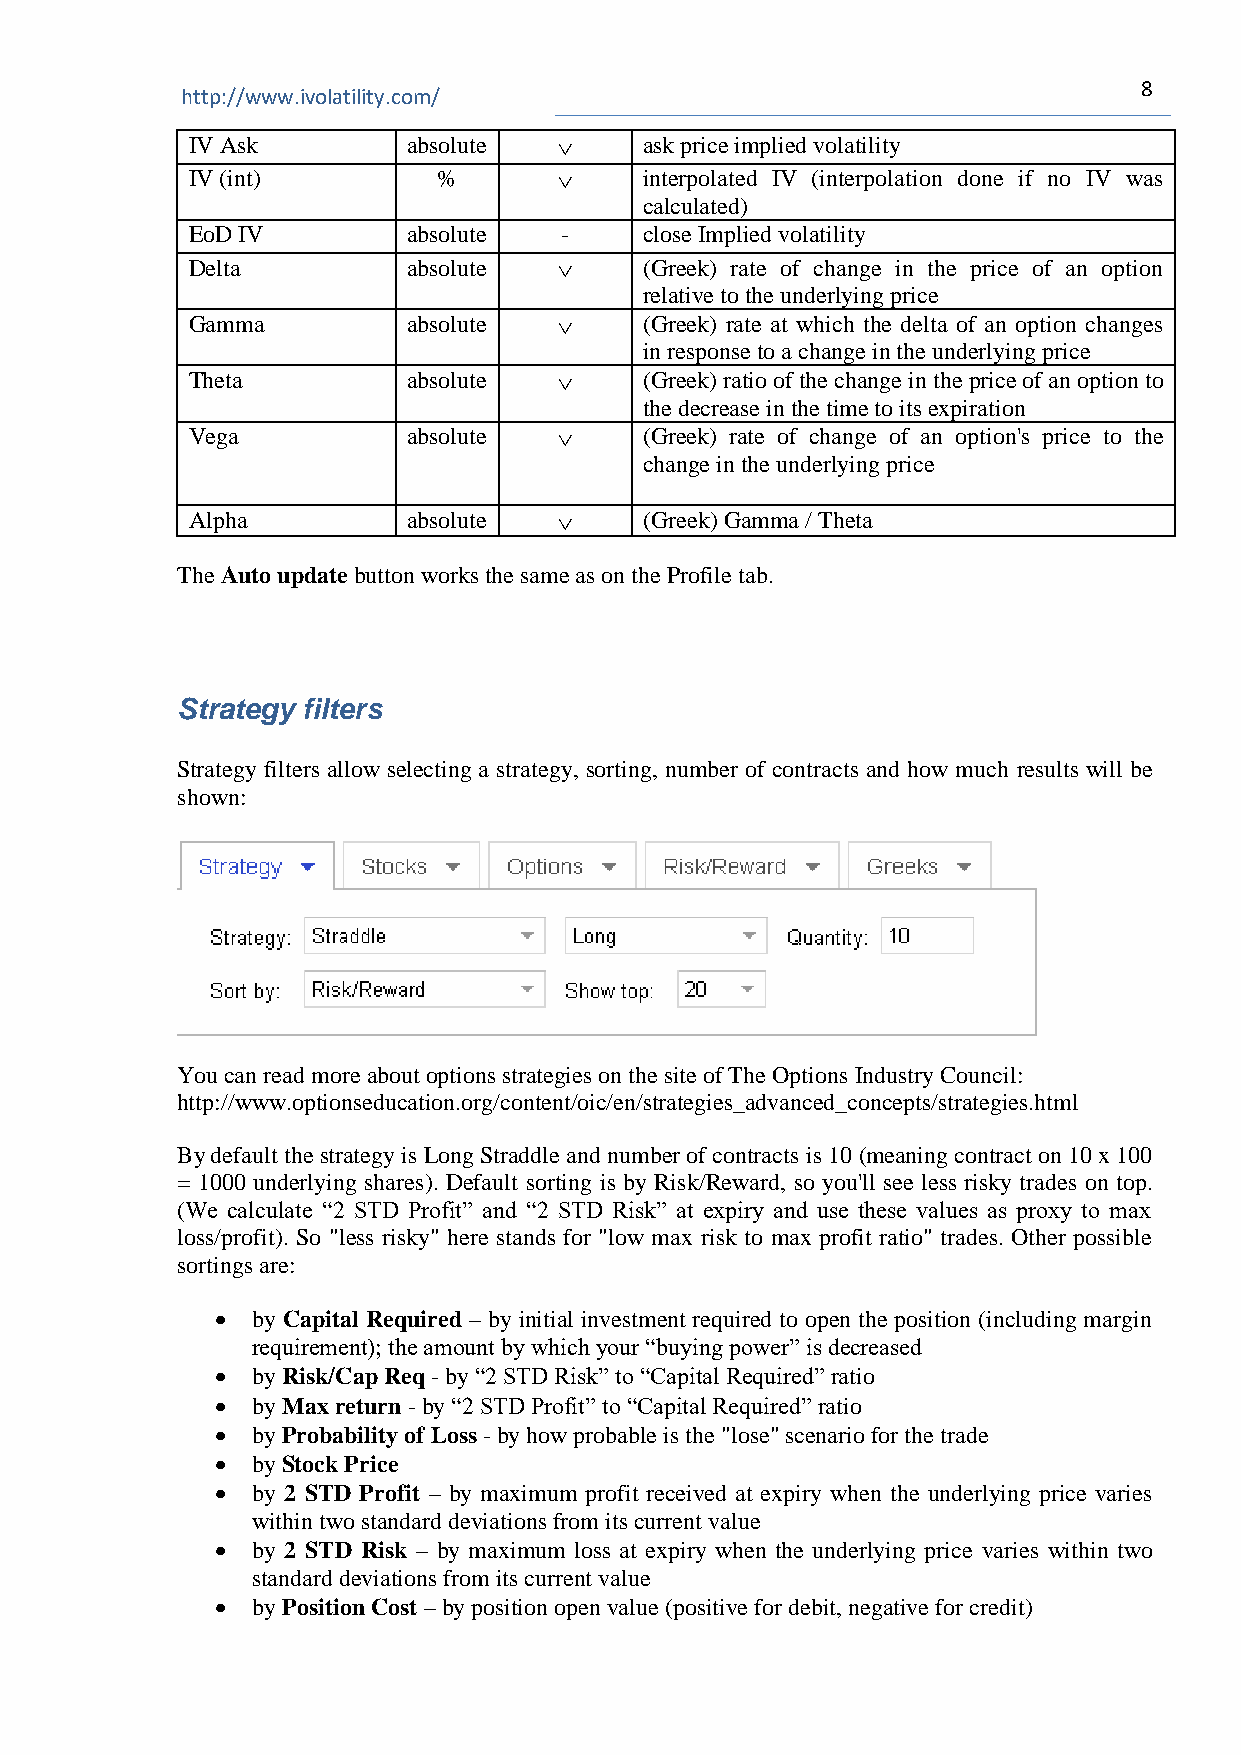
8
 http://www.ivolatility.com/
 IV Ask         absolute       ask price implied volatility
 IV (int)         %            interpolated IV (interpolation done if no IV was
 calculated)
 EoD IV         absolute  -     close Implied volatility
 Delta          absolute       (Greek) rate of change in the price of an option
 relative to the underlying price
 Gamma          absolute       (Greek) rate at which the delta of an option changes
 in response to a change in the underlying price
 Theta          absolute       (Greek) ratio of the change in the price of an option to
 the decrease in the time to its expiration
 Vega           absolute       (Greek) rate of change of an option's price to the
 change in the underlying price
 Alpha          absolute       (Greek) Gamma / Theta
 The Auto update button works the same as on the Profile tab.
 Strategy filters
 Strategy filters allow selecting a strategy, sorting, number of contracts and how much results will be
 shown:
 You can read more about options strategies on the site of The Options Industry Council:
 http://www.optionseducation.org/content/oic/en/strategies_advanced_concepts/strategies.html
 By default the strategy is Long Straddle and number of contracts is 10 (meaning contract on 10 x 100
 = 1000 underlying shares). Default sorting is by Risk/Reward, so you'll see less risky trades on top.
 (We calculate “2 STD Profit” and “2 STD Risk” at expiry and use these values as proxy to max
 loss/profit). So "less risky" here stands for "low max risk to max profit ratio" trades. Other possible
 sortings are:
 •  by Capital Required – by initial investment required to open the position (including margin
 requirement); the amount by which your “buying power” is decreased
 •  by Risk/Cap Req - by “2 STD Risk” to “Capital Required” ratio
 •  by Max return - by “2 STD Profit” to “Capital Required” ratio
 •  by Probability of Loss - by how probable is the "lose" scenario for the trade
 •  by Stock Price
 •  by 2 STD Profit – by maximum profit received at expiry when the underlying price varies
 within two standard deviations from its current value
 •  by 2 STD Risk – by maximum loss at expiry when the underlying price varies within two
 standard deviations from its current value
 •  by Position Cost – by position open value (positive for debit, negative for credit)